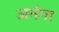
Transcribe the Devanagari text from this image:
अनंगा